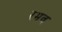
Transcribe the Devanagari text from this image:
रमव